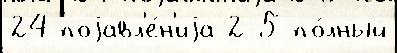
24 поjавл'е́н'иjа 2-5 по́лный